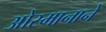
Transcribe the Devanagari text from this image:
ओस्मानाने